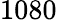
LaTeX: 1080